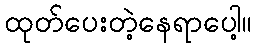
ထုတ်ပေးတဲ့နေရာပေါ့။